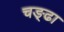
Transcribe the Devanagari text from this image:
चङ्ढा